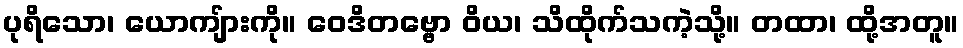
ပုရိသော၊ ယောကျ်ားကို။ ဝေဒိတဗ္ဗော ဝိယ၊ သိထိုက်သကဲ့သို့။ တထာ၊ ထို့အတူ။